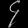
Digit: ၄